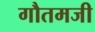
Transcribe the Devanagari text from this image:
गौतमजी